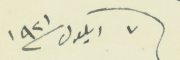
٧ ايلول سنة ١٩٢١